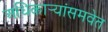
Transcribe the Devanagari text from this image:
अधिकार्‍यांसमवेत